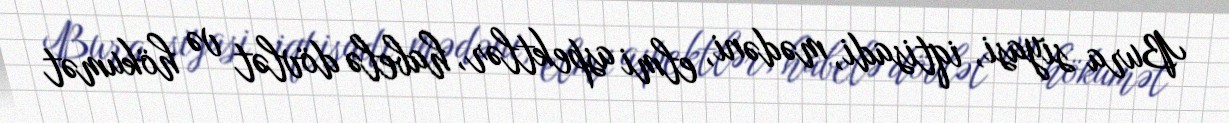
Bura siyasi, iqtisadi, mədəni, elmi aspektlər, habelə dövlət və hökumət